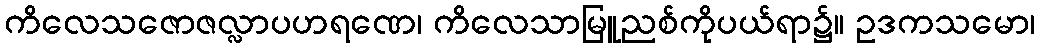
ကိလေသဇောဇလ္လာပဟရဏေ၊ ကိလေသာမြူညစ်ကိုပယ်ရာ၌။ ဥဒကသမော၊